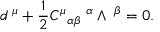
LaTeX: d { \bf \tau } ^ { \mu } + \frac { 1 } { 2 } { C ^ { \mu } } _ { \alpha \beta } { \bf \tau } ^ { \alpha } \wedge { \bf \tau } ^ { \beta } = 0 .